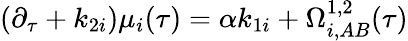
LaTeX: {}(\partial_{\tau}+k_{2i})\mu_{i}(\tau)=\alpha k_{1i}+\Omega_{i,AB}^{1,2}(\tau)